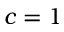
c = 1